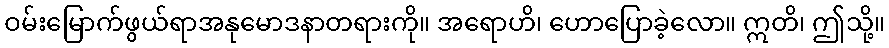
ဝမ်းမြောက်ဖွယ်ရာအနုမောဒနာတရားကို။ အရောဟိ၊ ဟောပြောခဲ့လော။ ဣတိ၊ ဤသို့။